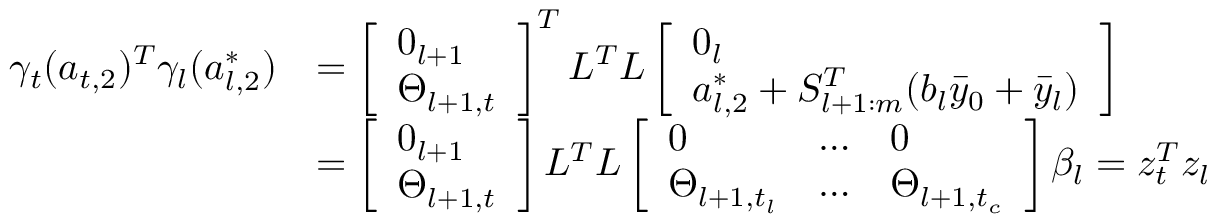
\begin{array} { r l } { \gamma _ { t } ( a _ { t , 2 } ) ^ { T } \gamma _ { l } ( a _ { l , 2 } ^ { * } ) } & { = \left[ \begin{array} { l } { 0 _ { l + 1 } } \\ { \Theta _ { l + 1 , t } } \end{array} \right] ^ { T } L ^ { T } L \left[ \begin{array} { l } { 0 _ { l } } \\ { a _ { l , 2 } ^ { * } + S _ { l + 1 : m } ^ { T } ( b _ { l } \bar { y } _ { 0 } + \bar { y } _ { l } ) } \end{array} \right] } \\ & { = \left[ \begin{array} { l } { 0 _ { l + 1 } } \\ { \Theta _ { l + 1 , t } } \end{array} \right] L ^ { T } L \left[ \begin{array} { l l l } { 0 } & { \dots } & { 0 } \\ { \Theta _ { l + 1 , t _ { l } } } & { \dots } & { \Theta _ { l + 1 , t _ { c } } } \end{array} \right] \beta _ { l } = z _ { t } ^ { T } z _ { l } } \end{array}